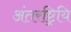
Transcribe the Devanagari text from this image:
अंतरष्ट्रियि